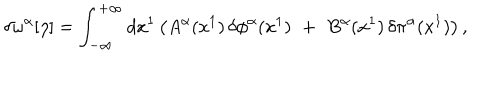
\delta \omega ^ { \alpha } [ \eta ] = \int _ { - \infty } ^ { + \infty } d x ^ { 1 } \left( A ^ { \alpha } ( x ^ { 1 } ) \, \delta \phi ^ { \alpha } ( x ^ { 1 } ) \, \, + \, \, B ^ { \alpha } ( x ^ { 1 } ) \, \delta \pi ^ { \alpha } ( x ^ { 1 } ) \right) ,